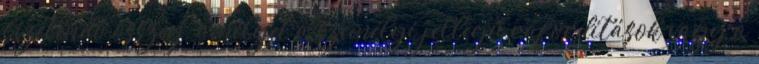
fizetendő összeg, amelyet a személyi jellegű ráfordítások vagy a